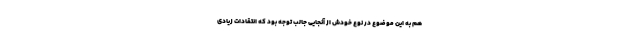
هم به این موضوع در نوع خودش از آنجایی جالب توجه بود که انتقادات زیادی